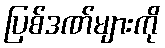
ပြစ်ဒဏ်များကို